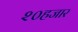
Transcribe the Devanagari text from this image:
२०हजार